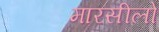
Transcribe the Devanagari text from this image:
मारसीलो